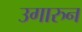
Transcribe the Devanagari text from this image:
उगारुन